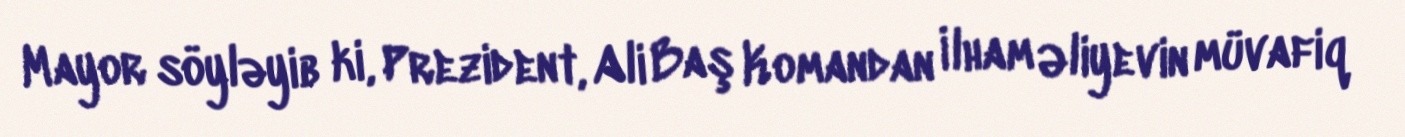
Mayor söyləyib ki, Prezident, Ali Baş Komandan İlham Əliyevin müvafiq